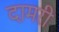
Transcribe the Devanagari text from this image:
दामरी